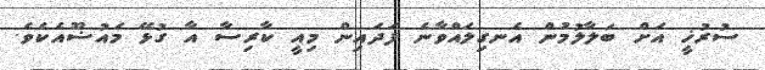
ސުރުޚީ އަށް ބަލާލުމުން އެނގިލައްވާނެ ފަދައިން މިއީ ކާރިސާ އާ ގުޅޭ މައުޟޫއެކެވެ.